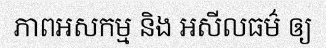
ភាពអសកម្ម និង អសីលធម៌ ឲ្យ